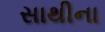
સાથીના